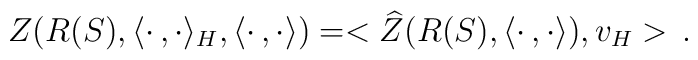
Z(R(S),\langle\cdot\,,\cdot\rangle_H,\langle\cdot\,,\cdot\rangle)=<\widehat{Z}(R(S),\langle\cdot\,,\cdot\rangle),v_H>\,.